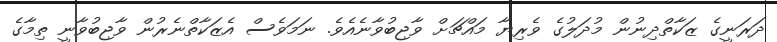
ދަރަނީގެ ޒަކާތްދިނުން މުދަލުގެ ވެރިޔާ މައްޗަށް ވާޖިބުވާނެއެވެ. ނަމަވެސް އެޒަކާތްނެރުން ވާޖިބުވާނީ ތިމާގެ